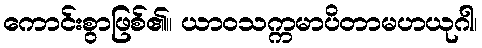
ကောင်းစွာဖြစ်၏။ ယာဝသက္ကမာပိတာမဟယုဂါ၊